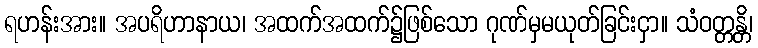
ရဟန်းအား။ အပရိဟာနာယ၊ အထက်အထက်၌ဖြစ်သော ဂုဏ်မှမယုတ်ခြင်းငှာ။ သံဝတ္တန္တိ၊